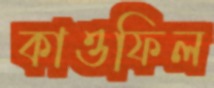
কাওফিল